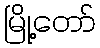
မြို့တော်